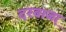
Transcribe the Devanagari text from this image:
दरवाजा़